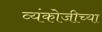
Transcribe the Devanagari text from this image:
व्यंकोजीच्या